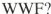
WWF?